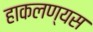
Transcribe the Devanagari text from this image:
हाकलण्यस